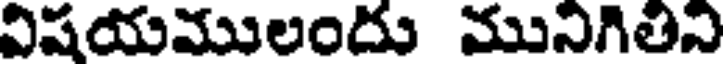
విషయములందు మునిగితిని